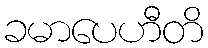
ခမာပေဟီတိ